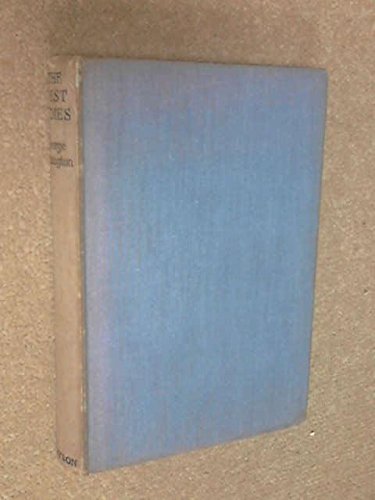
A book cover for The West Indies with British Guiana and British Honduras,; George Manington; Travel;